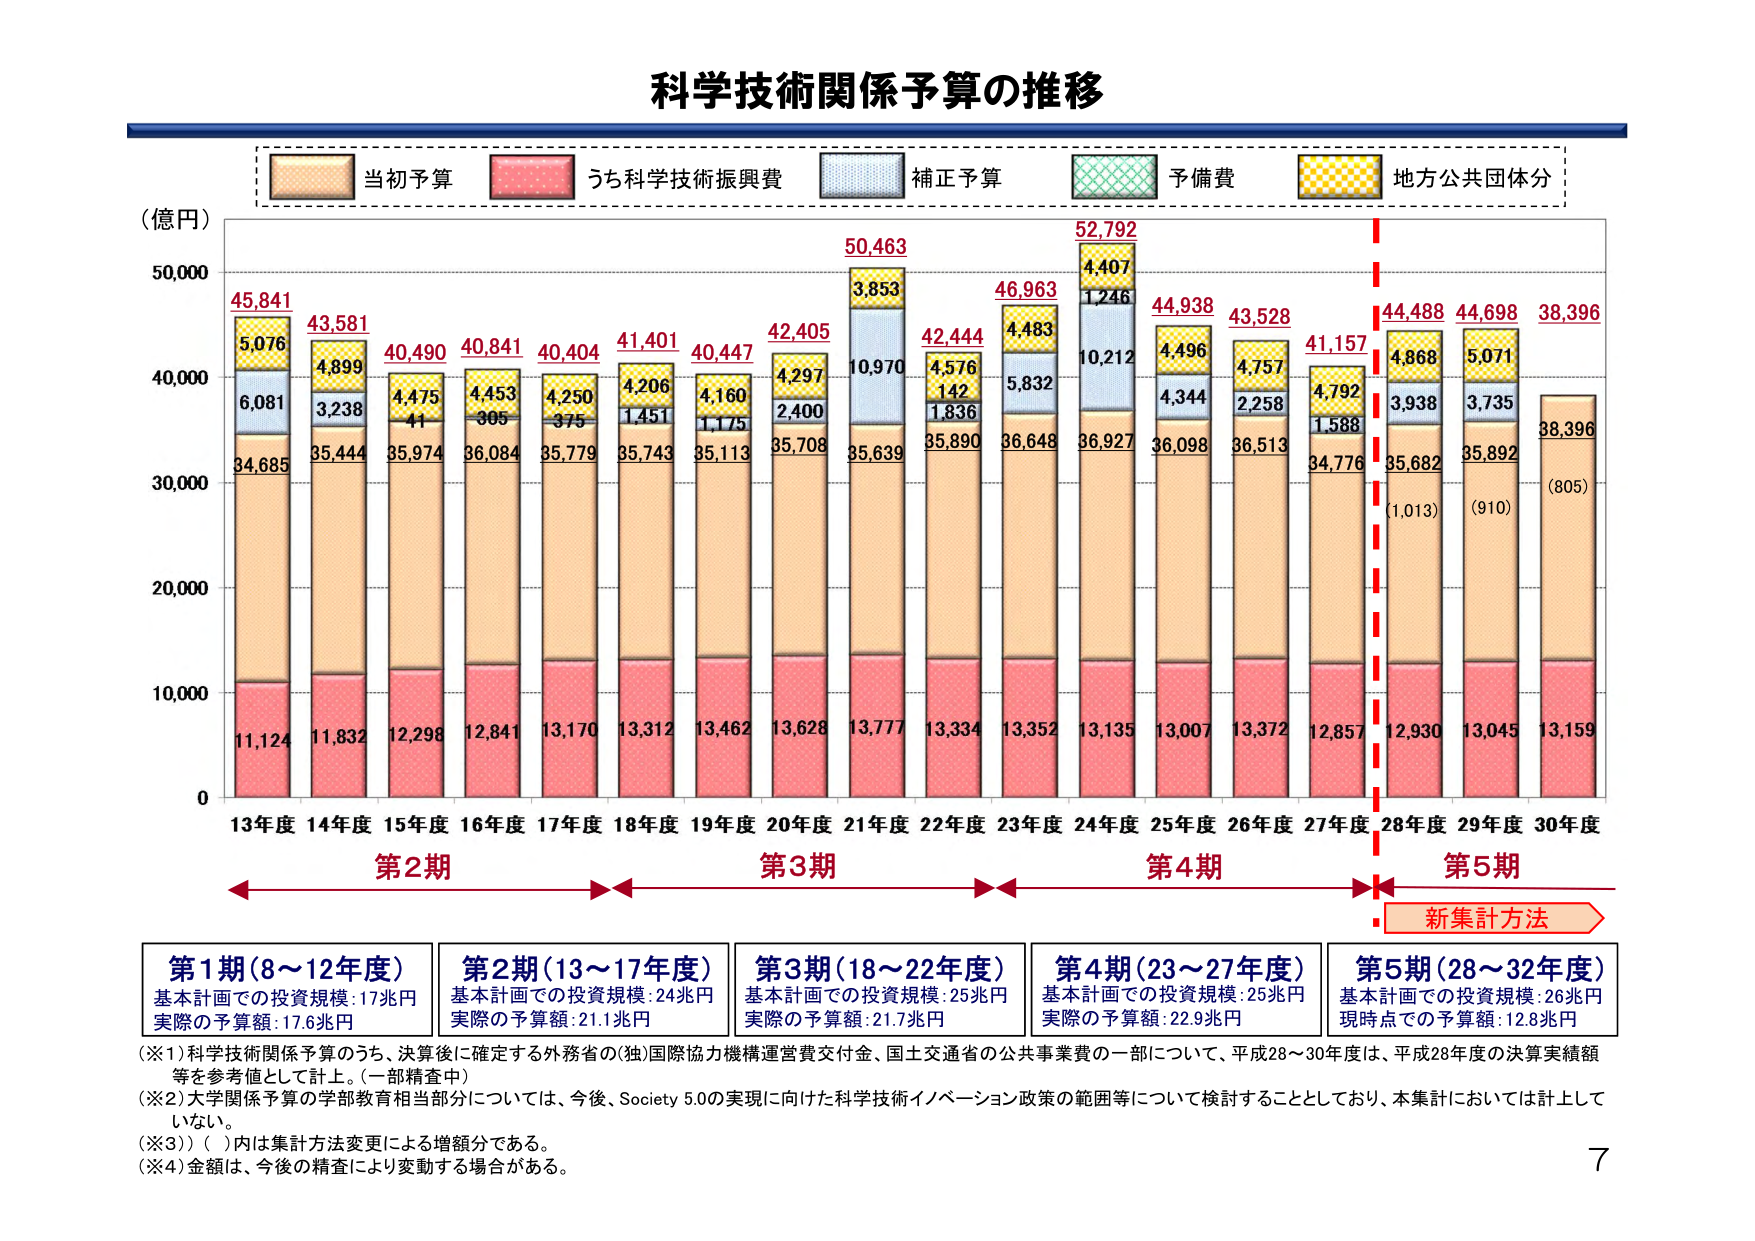
科学技術関係予算の推移

（億円）

当初予算
うち科学技術振興費
補正予算
予備費
地方公共団体分

45,841
5,076
6,081
34,685
11,124

43,581
4,899
3,238
35,444
11,832

40,490
4,475
41
35,974
12,298

40,841
4,453
305
36,084
12,841

40,404
4,250
375
35,779
13,170

41,401
4,206
1,451
35,743
13,312

40,447
4,160
1,175
35,113
13,462

42,405
4,297
2,400
35,708
13,628

50,463
3,853
10,970
35,639
13,777

42,444
4,576
142
35,890
13,334

46,963
4,483
5,832
36,648
13,352

52,792
4,407
1,246
10,212
36,927
13,135

44,938
4,496
4,344
36,098
13,007

43,528
4,757
2,258
36,513
13,372

41,157
4,792
1,588
34,776
12,857

44,488
4,868
3,938
35,682
(1,013)
12,930

44,698
5,071
3,735
35,892
(910)
13,045

38,396
(805)
13,159

13年度 14年度 15年度 16年度 17年度 18年度 19年度 20年度 21年度 22年度 23年度 24年度 25年度 26年度 27年度 28年度 29年度 30年度

第2期
第3期
第4期
第5期

新集計方法

第1期（8～12年度）
基本計画での投資規模：17兆円
実際の予算額：17.6兆円

第2期（13～17年度）
基本計画での投資規模：24兆円
実際の予算額：21.1兆円

第3期（18～22年度）
基本計画での投資規模：25兆円
実際の予算額：21.7兆円

第4期（23～27年度）
基本計画での投資規模：25兆円
実際の予算額：22.9兆円

第5期（28～32年度）
基本計画での投資規模：26兆円
現時点での予算額：12.8兆円

（※1）科学技術関係予算のうち、決算後に確定する外務省の（独）国際協力機構運営費交付金、国土交通省の公共事業費の一部について、平成28～30年度は、平成28年度の決算実績額等を参考値として計上。（一部精査中）

（※2）大学関係予算の学部教育相当部分については、今後、Society 5.0の実現に向けた科学技術イノベーション政策の範囲等について検討することとしており、本集計においては計上していない。

（※3）（ ）内は集計方法変更による増額分である。

（※4）金額は、今後の精査により変動する場合がある。

7